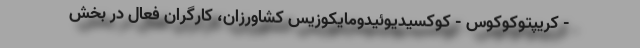
- کریپتوکوکوس - کوکسیدیوئیدومایکوزیس کشاورزان، کارگران فعال در بخش